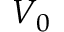
V _ { 0 }